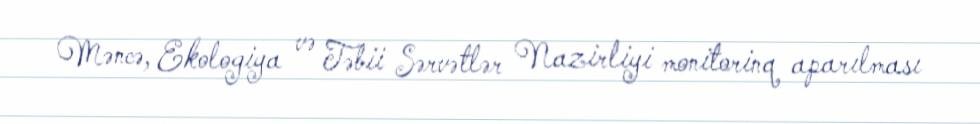
Məncə, Ekologiya və Təbii Sərvətlər Nazirliyi monitorinq aparılması